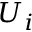
U _ { i }